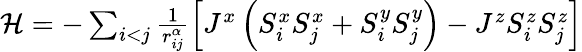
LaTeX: \begin{array}{r}{\mathcal{H}=-\sum_{i<j}\frac{1}{r_{ij}^{\alpha}}\left[J^{x}\left(S_{i}^{x}S_{j}^{x}+S_{i}^{y}S_{j}^{y}\right)-J^{z}S_{i}^{z}S_{j}^{z}\right]}\end{array}